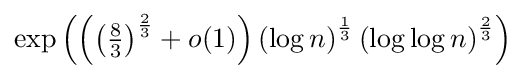
\exp \left(\left(\left({\tfrac {8}{3}}\right)^{\frac {2}{3}}+o(1)\right)\left(\log n\right)^{\frac {1}{3}}\left(\log \log n\right)^{\frac {2}{3}}\right)